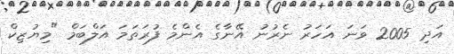
އަދި 2005 ވަނަ އަހަރު ނެރުނު އޭނާގެ އެންމެ ފުރަތަމަ އަލްބަމް "މިޔުޒިކް